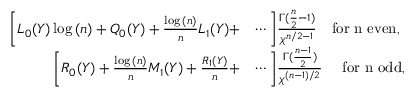
\begin{array} { r l } { \bigg [ L _ { 0 } ( Y ) \log { ( n ) } + Q _ { 0 } ( Y ) + \frac { \log { ( n ) } } { n } L _ { 1 } ( Y ) + } & { \cdots \bigg ] \frac { \Gamma ( \frac { n } { 2 } - 1 ) } { \chi ^ { n / 2 - 1 } } \quad \mathrm { f o r ~ n ~ e v e n } , } \\ { \bigg [ R _ { 0 } ( Y ) + \frac { \log { ( n ) } } { n } M _ { 1 } ( Y ) + \frac { R _ { 1 } ( Y ) } { n } + } & { \cdots \bigg ] \frac { \Gamma ( \frac { n - 1 } { 2 } ) } { \chi ^ { ( n - 1 ) / 2 } } \quad ~ \mathrm { f o r ~ n ~ o d d } , } \end{array}